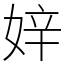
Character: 㛙